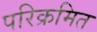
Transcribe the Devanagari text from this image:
परिक्रमित